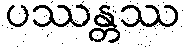
ပဿန္တဿ